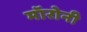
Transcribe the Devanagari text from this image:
मॉरोनी